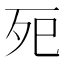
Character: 𭮀